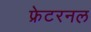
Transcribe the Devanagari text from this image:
फ्रेटरनल